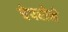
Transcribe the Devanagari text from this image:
पेपरोने